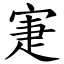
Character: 寁